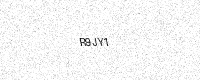
Text: R9JY1